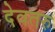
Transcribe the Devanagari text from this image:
देवतरु